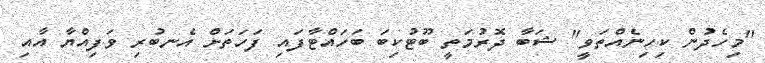
"މިހެދުން ކިހިނެއްތަވީ" ޝަބާ ދޮރުމަތީ ބޫޓުކިބަ ބަހައްޓާފައި ފަހަތަށް އެނބުރި ވަފިއްޔާ އާއި